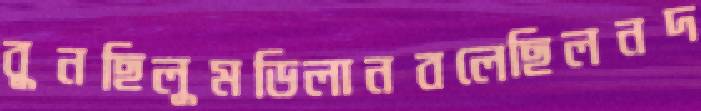
বুনছিলুমডিলানবলেছিলনদ